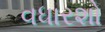
વધારશો